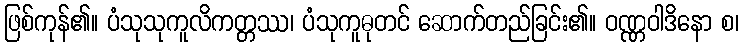
ဖြစ်ကုန်၏။ ပံသုသုကူလိကတ္တဿ၊ ပံသုကူဓုတင် ဆောက်တည်ခြင်း၏။ ဝဏ္ဏဝါဒိနော စ၊